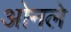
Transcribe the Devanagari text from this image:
ओनले